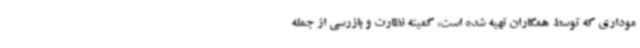
موداری که توسط همکاران تهیه شده است، کمیته نظارت و بازرسی از جمله